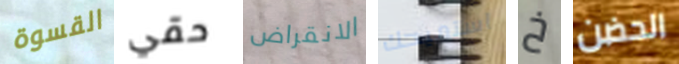
القسوة حقي الانقراض استميحك خ الحضن